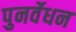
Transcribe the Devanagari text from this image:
पुनर्वेधन